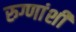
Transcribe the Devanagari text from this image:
रुग्णांशी